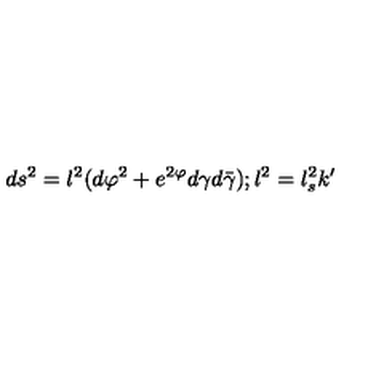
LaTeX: d s ^ { 2 } = l ^ { 2 } ( d \varphi ^ { 2 } + e ^ { 2 \varphi } d \gamma d \bar { \gamma } ) ; l ^ { 2 } = l _ { s } ^ { 2 } k ^ { \prime }